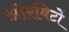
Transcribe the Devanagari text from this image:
ओरबिटों